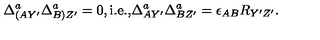
\Delta _ { ( A Y ^ { \prime } } ^ { a } \Delta _ { B ) Z ^ { \prime } } ^ { a } = 0 , \mathrm { i . e . , } \Delta _ { A Y ^ { \prime } } ^ { a } \Delta _ { B Z ^ { \prime } } ^ { a } = \epsilon _ { A B } R _ { Y ^ { \prime } Z ^ { \prime } } .